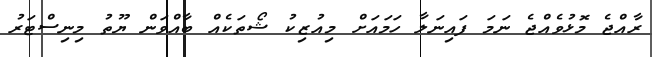
ރާއްޖެ މޮޅުވެއްޖެ ނަމަ ފައިނަލާ ހަމަައަށް މިއުޒިކު ޝޯތަކެއް ބާއްވަން ޔޫތު މިނިސްޓަރު